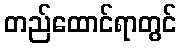
တည်ထောင်ရာတွင်